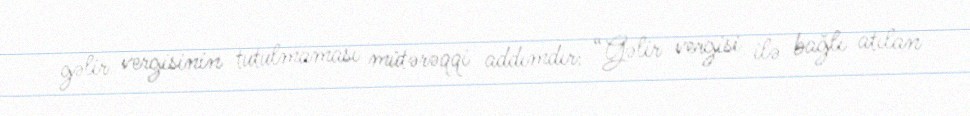
gəlir vergisinin tutulmaması mütərəqqi addımdır: “Gəlir vergisi ilə bağlı atılan